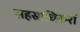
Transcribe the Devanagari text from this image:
सहस्राधिकरों